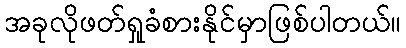
အခုလိုဖတ်ရှုခံစားနိုင်မှာဖြစ်ပါတယ်။